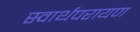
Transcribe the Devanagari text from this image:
स्वार्थपरायण